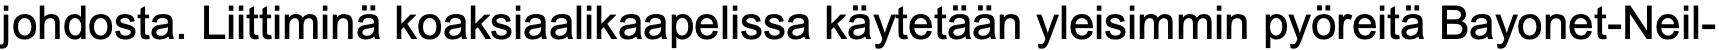
johdosta. Liittiminä koaksiaalikaapelissa käytetään yleisimmin pyöreitä Bayonet-Neil-